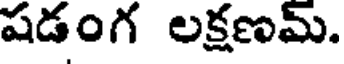
షడంగ లక్షణమ్.